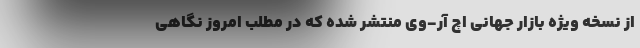
از نسخه ویژه بازار جهانی اچ آر-وی منتشر شده که در مطلب امروز نگاهی